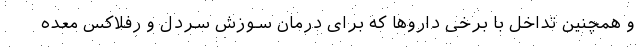
و همچنین تداخل با برخی داروها که برای درمان سوزش سردل و رفلاکس معده